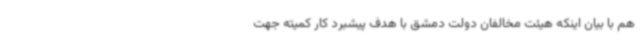
هم با بیان اینکه هیئت مخالفان دولت دمشق با هدف پیشبرد کار کمیته جهت